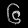
Digit: ၆